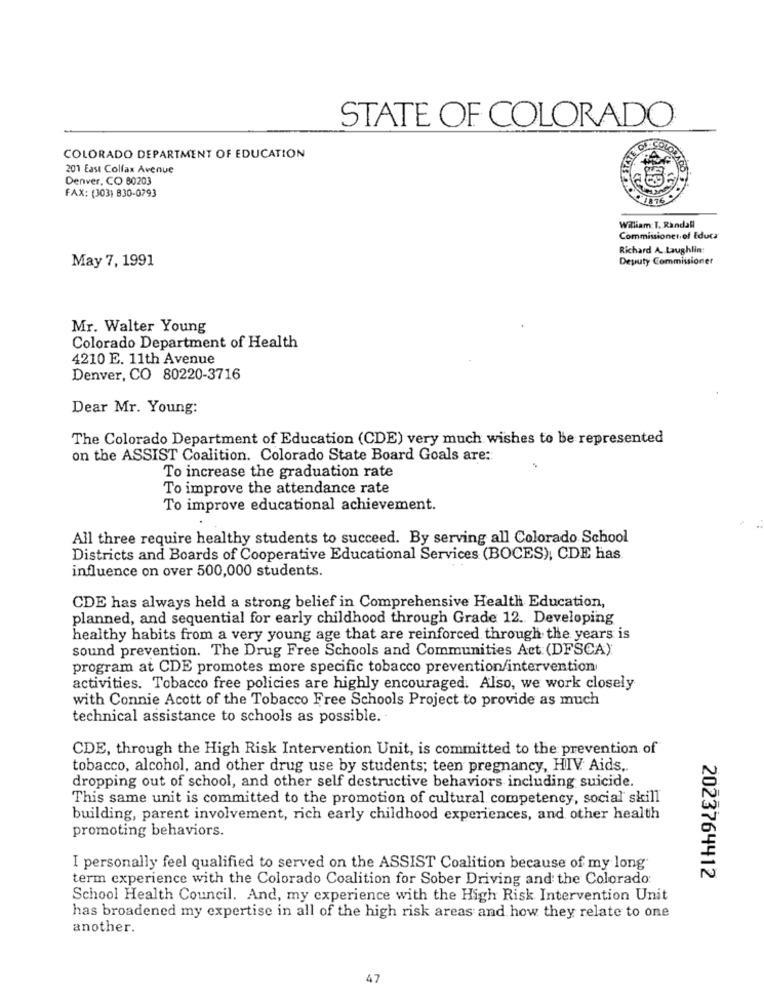
STATE OF COLORADO
COLORADO DEPARTMENT OF EDUCATION
201 East Colfax Avenue
Denver, CO 80203
FAX: (303) B30-0793
William: T. Randall
Commissioner of Educa
Richard A. Laughlin:
May 7, 1991
Deputy Commissioner
Mr. Walter Young
Colorado Department of Health
4210 E. 11th Avenue
Denver, CO 80220-3716
Dear Mr. Young:
The Colorado Department of Education (CDE) very much wishes to be represented
on the ASSIST Coalition. Colorado State Board Goals are:
To increase the graduation rate
To improve the attendance rate
To improve educational achievement.
All three require healthy students to succeed. By serving all Colorado School
Districts and Boards of Cooperative Educational Services (BOCES), CDE has
influence on over 500,000 students.
CDE has always held a strong belief in Comprehensive Health Education,
planned, and sequential for early childhood through Grade 12. Developing
healthy habits from a very young age that are reinforced through the years is
sound prevention. The Drug Free Schools and Communities Act: (DFSCA)
program at CDE promotes more specific tobacco prevention/intervention
activities. Tobacco free policies are highly encouraged. Also, we work closely
with Connie Acott of the Tobacco Free Schools Project to provide as much
technical assistance to schools as possible.
CDE, through the High Risk Intervention Unit, is committed to the prevention of
tobacco, alcohol, and other drug use by students; teen pregnancy, HIV. Aids ..
dropping out of school, and other self destructive behaviors including suicide.
This same unit is committed to the promotion of cultural competency, social skill
building, parent involvement, rich early childhood experiences, and other health
promoting behaviors.
I personally feel qualified to served on the ASSIST Coalition because of my long
term experience with the Colorado Coalition for Sober Driving and the Colorado:
2023764412
School Health Council. And, my experience with the High Risk Intervention Unit
has broadened my expertise in all of the high risk areas and how they relate to one
another.
47